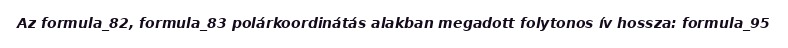
Az formula_82, formula_83 polárkoordinátás alakban megadott folytonos ív hossza: formula_95